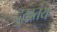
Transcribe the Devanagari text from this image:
दुखतंय